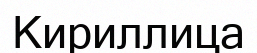
Кириллица